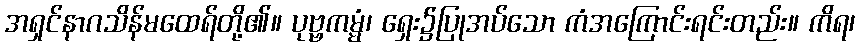
အရှင်နာဂသိန်မထေရ်တို့၏။ ပုဗ္ဗကမ္မံ၊ ရှေး၌ပြုအပ်သော ကံအကြောင်းရင်းတည်း။ ကိရ၊